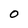
Character: 0